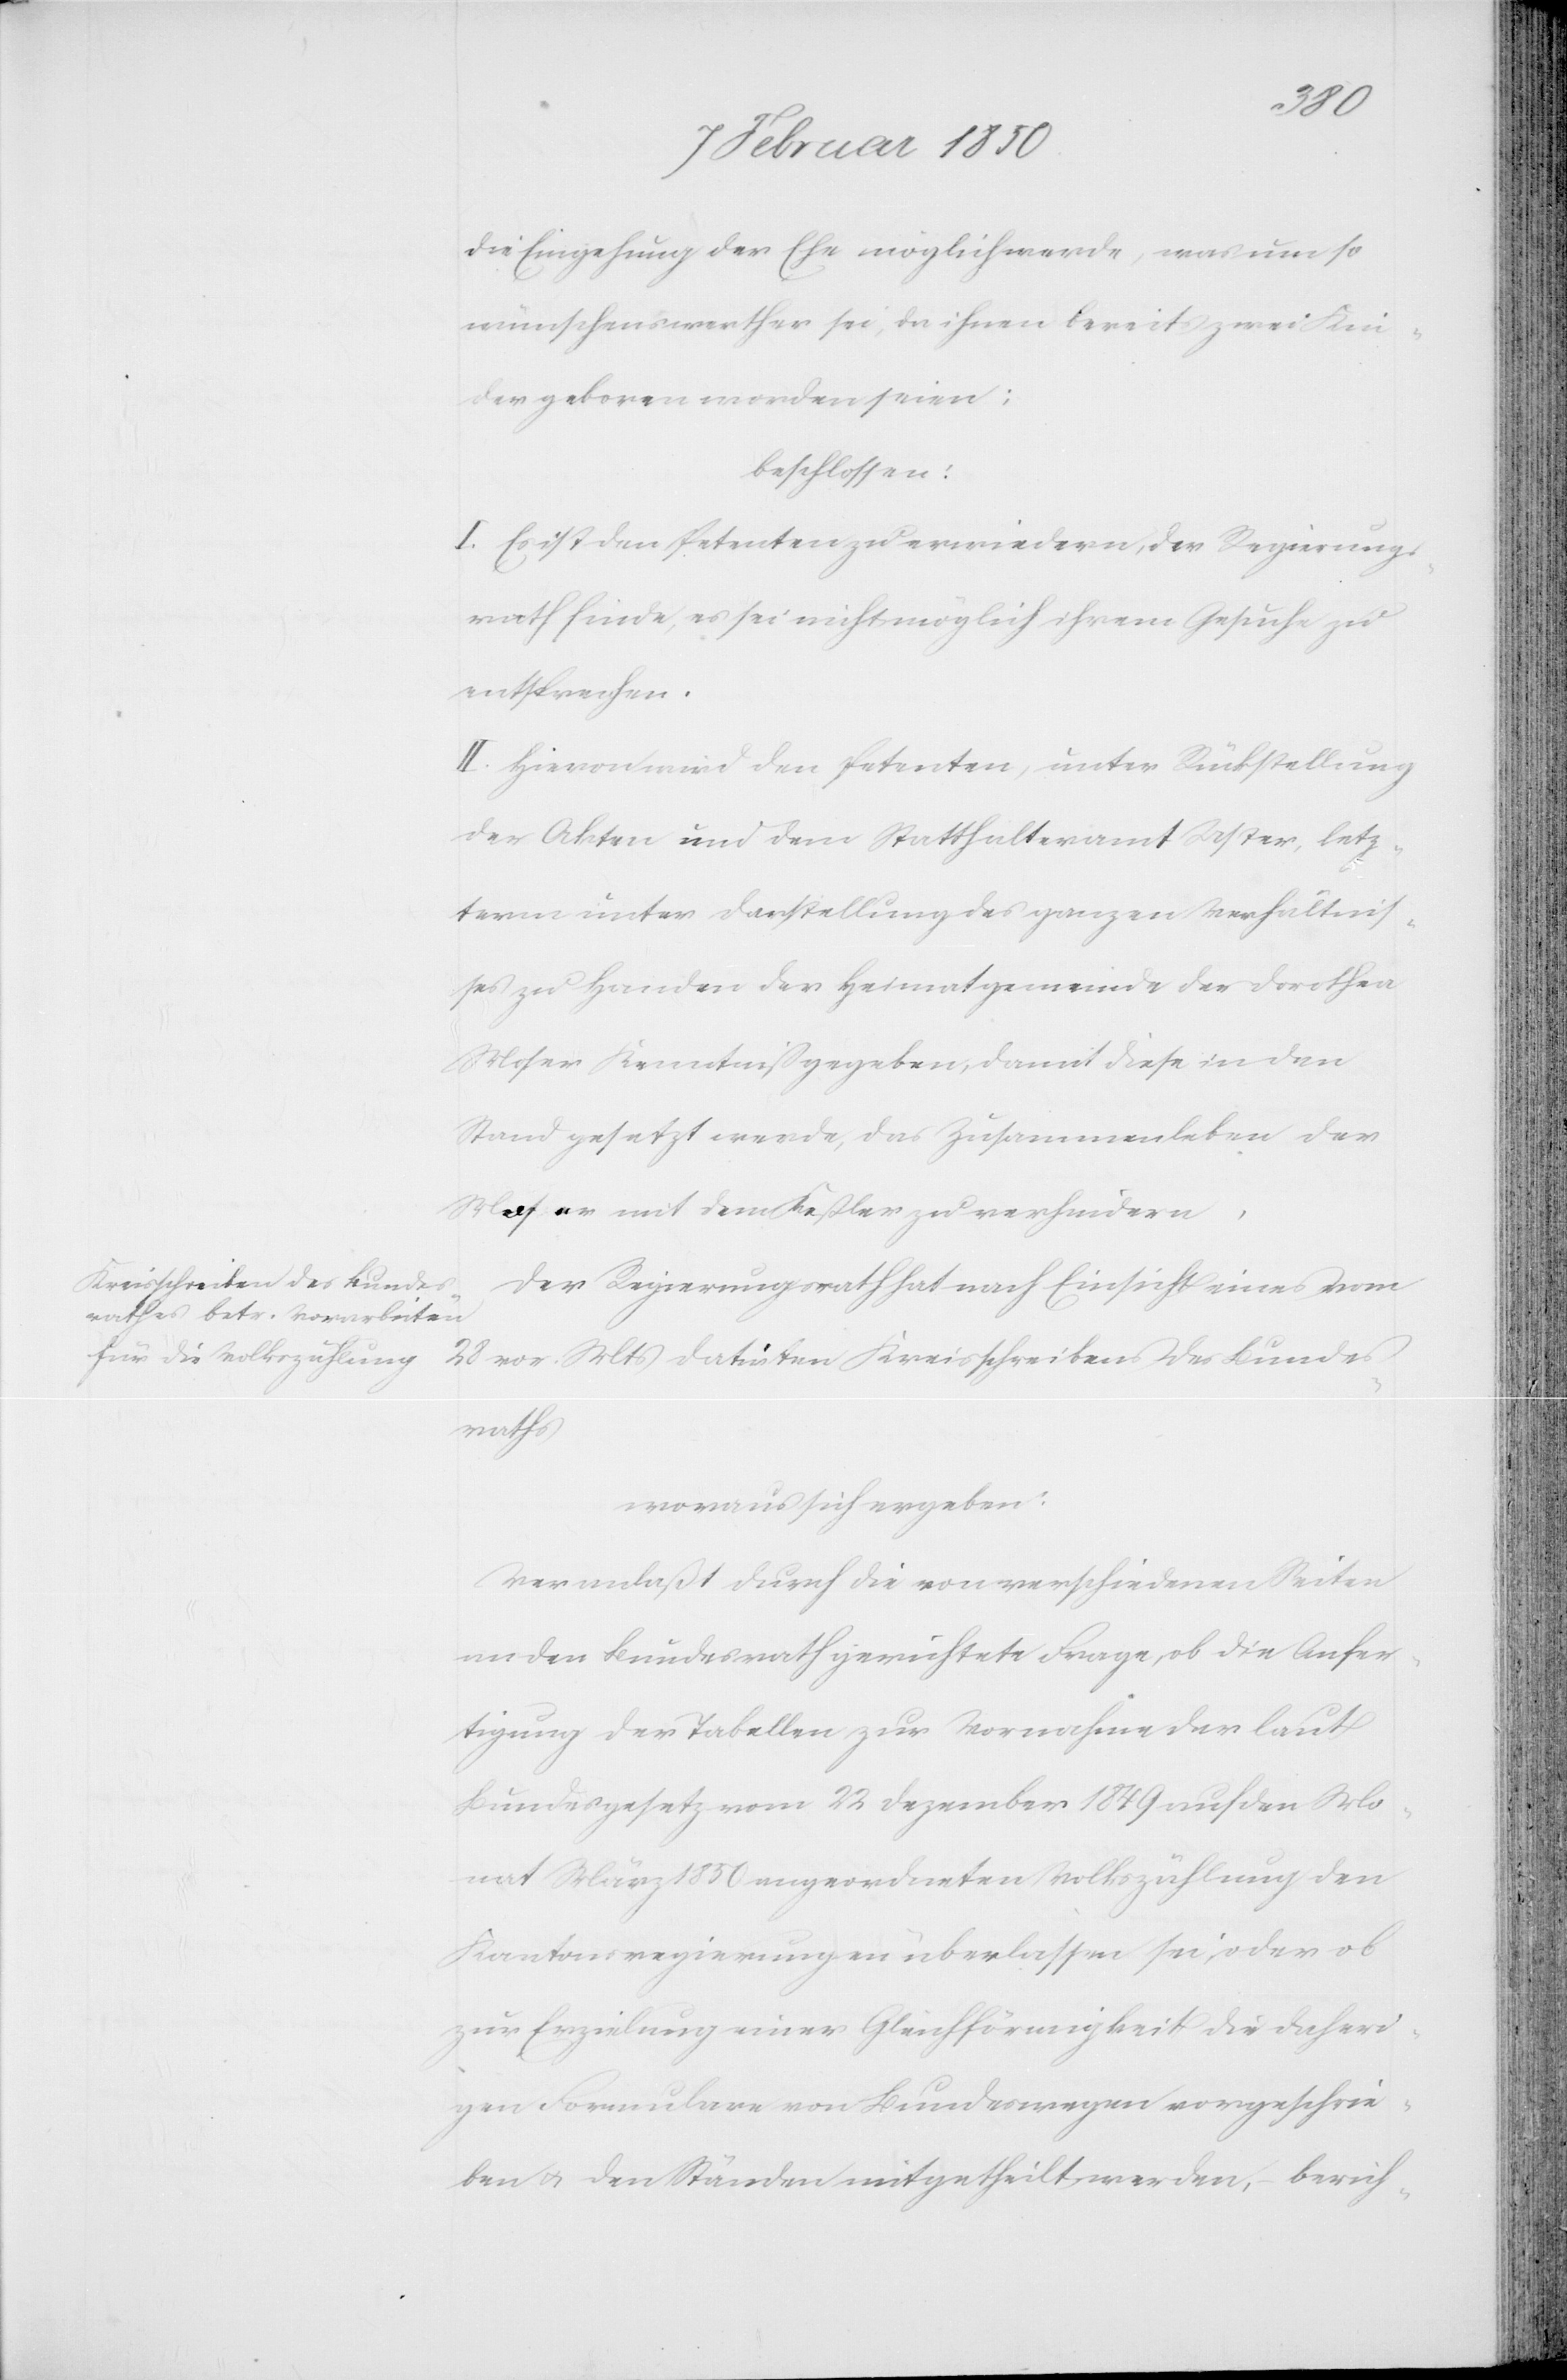
die Eingehung der Ehe möglich werde, was um so
wünschenswerther sei, da ihnen bereits zwei Kin¬
der geboren worden seien;
beschlossen:
I. Es ist den Petenten zu erwiedern, der Regierungs¬
rath finde, es sei nicht möglich ihrem Gesuche zu
entsprechen.
II. Hievon wird den Petenten, unter Rückstellung
der Akten und dem Statthalteramt Uster, letz¬
term unter Darstellung des ganzen Verhältnis¬
ses zu Handen der Heimatgemeinde der Dorothea
Moser Kenntniß gegeben, damit diese in den
Stand gesetzt werde, das Zusammenleben der
Moser mit dem Keßler zu verhindern.
Der Regierungsrath hat nach Einsicht eines vom
28 vor. Mts datirten Kreisschreiben des Bundes¬
raths
woraus sich ergeben:
Veranlaßt durch die von verschiedenen Seiten
an den Bundesrath gerichtete Frage, ob die Anfer¬
tigung der Tabellen zur Vornahme der laut
Bundesgesetz vom 22 Dezember 1849 auf den Mo¬
nat März 1850 angeordneten Volkszählung den
Kantonsregierungen überlassen sei, oder ob
zur Erzielung einer Gleichförmigkeit die daheri¬
gen Formulare von Bundeswegen vorgeschrie¬
ben u. den Ständen mitgetheilt werden, berich-